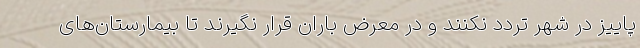
پاییز در شهر تردد نکنند و در معرض باران قرار نگیرند تا بیمارستان‌های